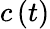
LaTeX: c\left(t\right)